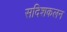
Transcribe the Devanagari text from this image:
सदिशकलन